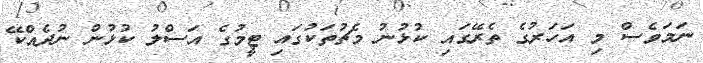
ނަމަވެސް މި އަހަރުގެ ތެރޭގައި ކުޅުނު މެޗުތަކުގައި ޓީމުގެ އަސްލު ކުޅުން ނުދެއްކޭ